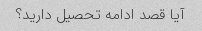
آیا قصد ادامه تحصیل دارید؟